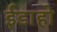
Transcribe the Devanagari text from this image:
ईडाहो